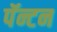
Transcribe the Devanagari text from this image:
पॅन्टन